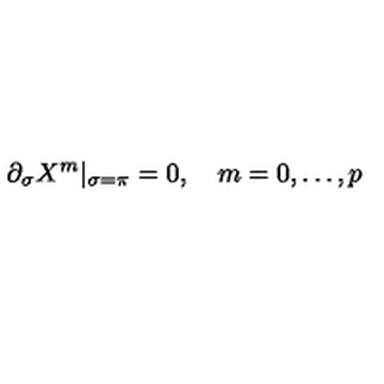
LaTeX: \partial _ { \sigma } X ^ { m } | _ { \sigma = \pi } = 0 , \quad m = 0 , \ldots , p